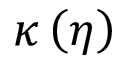
\kappa \left( \eta \right)